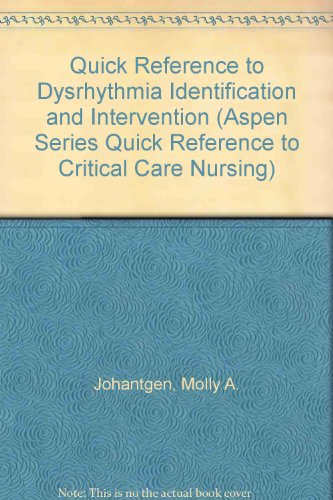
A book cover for Quick Reference to Dysrhythmia Identification and Intervention (Aspen Series Quick Reference to Critical Care Nursing); Molly A. Johantgen; Medical Books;